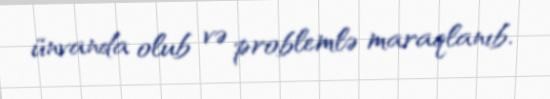
ünvanda olub və problemlə maraqlanıb.